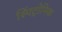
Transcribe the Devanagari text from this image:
स्पिंट्रोनिक